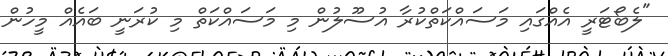
"ލެބޯޓަރީ އެއްގައި މަސައްކަތްކުރާ އުސޫލުން މި މަސައްކަތް މި ކުރަނީ ބައެއް މީހުން